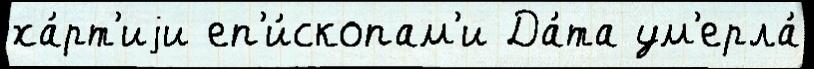
ха́рт'иjи еп'и́скопам'и Да́та ум'ерла́